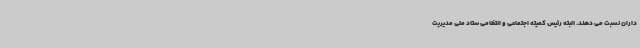
داران نسبت می دهند. البته رئیس کمیته اجتماعی و انتظامی ستاد ملی مدیریت